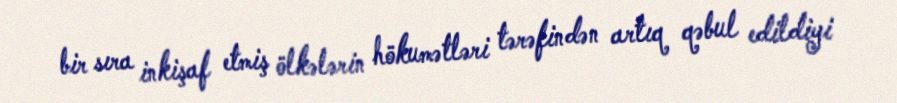
bir sıra inkişaf etmiş ölkələrin hökumətləri tərəfindən artıq qəbul edildiyi